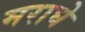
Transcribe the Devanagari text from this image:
मराघे